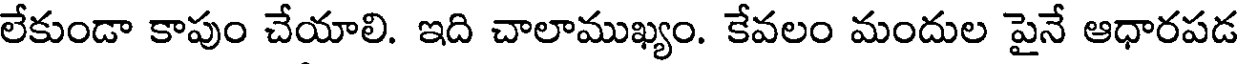
లేకుండా కాపుం చేయాలి. ఇది చాలాముఖ్యం. కేవలం మందుల పైనే ఆధారపడ